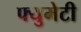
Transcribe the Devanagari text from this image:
फ्युमेटी